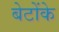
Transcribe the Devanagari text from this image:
बेटोंके